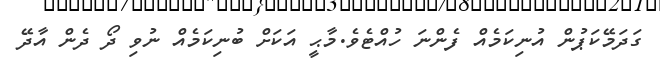
ގަދަމޭކަޕުން އުނިކަމެއް ފެންނަ ހުއްޓެވެ.މާޙީ އަކަށް ބުނިކަމެއް ނުވި ދޯ ދެން އާދޭ